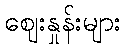
ဈေးနှုန်းများ